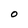
Character: O